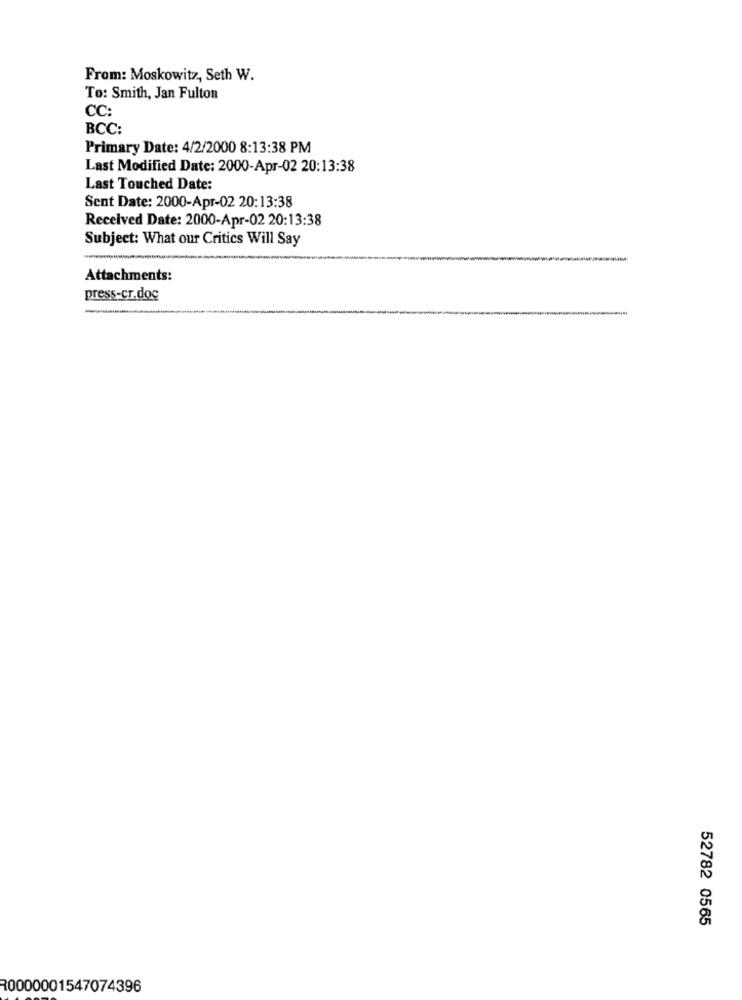
From: Moskowitz, Seth W.
To: Smith, Jan Fulton
CC:
BCC:
Primary Date: 4/2/2000 8:13:38 PM
Last Modified Date: 2000-Apr-02 20:13:38
Last Touched Date:
Sent Date: 2000-Apr-02 20:13:38
Received Date: 2000-Apr-02 20:13:38
Subject: What our Critics Will Say
Attachments:
press-cr.doc
-
52782 0565
R0000001547074396